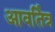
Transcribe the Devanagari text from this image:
आवर्तित्र